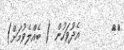
١٨       އެދުވަހުން ( ބެއްލެވުމަށް)